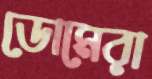
ডোমেরা